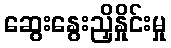
ဆွေးနွေးညှိနှိုင်းမှု